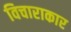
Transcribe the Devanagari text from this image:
विचाराकार